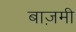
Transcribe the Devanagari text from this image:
बाज़मी